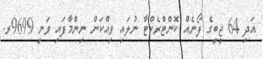
އަދި 64 ޖީބީގެ ފޯނެއް ކޮންޓްރެކްޓާ ނުލައި ވިއްކަން ނިންމާފައި ވަނީ 9699ރ.